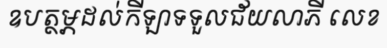
ឧបត្ថម្ភដល់កីឡាទទួលជ័យលាភី លេខ